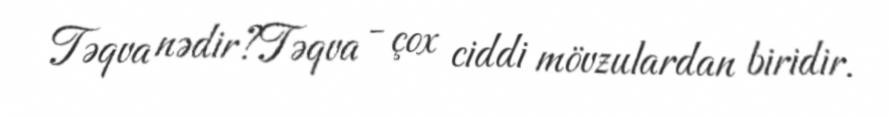
Təqva nədir?Təqva - çox ciddi mövzulardan biridir.